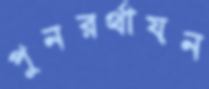
পুনরর্থায়ন